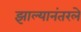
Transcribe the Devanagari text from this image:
झाल्यानंतरले